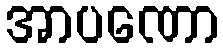
အာပဏော